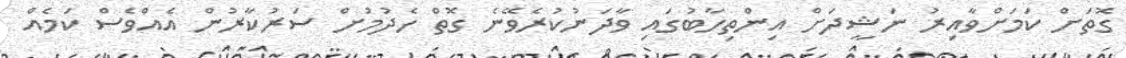
ގޮތަށް ކަމަށްވާއިރު ނަޝީދަށް އިންތިހާބުގައި ވާދަނުކުރެވޭނެ ގޮތް ހެދުމުށް ސަރުކާރުން އެއްވެސް ކަމެއް